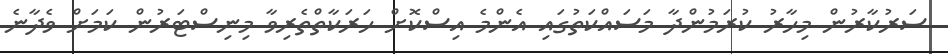
ސަރުކާރުން މިހާރު ކުރަމުންދާ މަސައްކަތުގައި އެންމެ އިސްކޮށް ހަރަކާތްތެރިވާ މިނިސްޓަރުން ކަމަށް ވެދާނެ